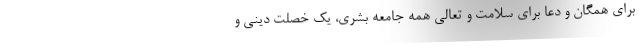
برای همگان و دعا برای سلامت و تعالی همه جامعه بشری، یک خصلت دینی و